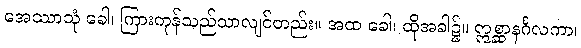
အေဿာသုံ ခေါ၊ ကြားကုန်သည်သာလျင်တည်း။ အထ ခေါ၊ ထိုအခါ၌။ ဣစ္ဆာနင်္ဂလကာ၊